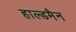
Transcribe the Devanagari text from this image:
हाल्डमैन